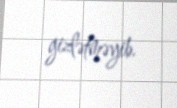
gizlətməyib.